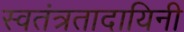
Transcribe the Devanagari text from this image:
स्वतंत्रतादायिनी